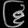
Digit: ၆